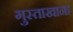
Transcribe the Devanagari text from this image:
गुस्ताखाना